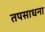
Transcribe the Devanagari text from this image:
तपसाधना